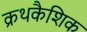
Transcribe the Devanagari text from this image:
क्रथकैशिक